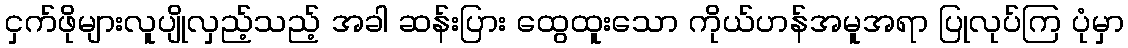
ငှက်ဖိုများလူပျိုလှည့်သည့် အခါ ဆန်းပြား ထွေထူးသော ကိုယ်ဟန်အမူအရာ ပြုလုပ်ကြ ပုံမှာ